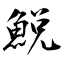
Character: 鮵